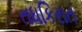
તધકિરાત